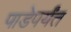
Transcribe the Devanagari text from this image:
पाडेपर्यंत